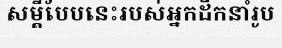
សម្តីបែបនេះរបស់អ្នកដឹកនាំរូប